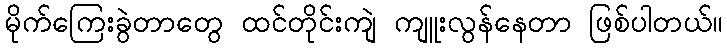
မိုက်ကြေးခွဲတာတွေ ထင်တိုင်းကျဲ ကျူးလွန်နေတာ ဖြစ်ပါတယ်။